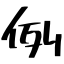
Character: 例